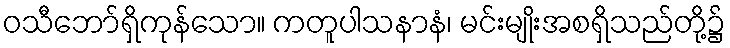
ဝသီဘော်ရှိကုန်သော။ ကတူပါသနာနံ၊ မင်းမျိုးအစရှိသည်တို့၌